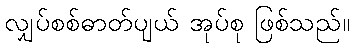
လျှပ်စစ်ဓာတ်ပျယ် အုပ်စု ဖြစ်သည်။